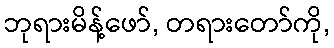
ဘုရားမိန့်ဖော်, တရားတော်ကို,